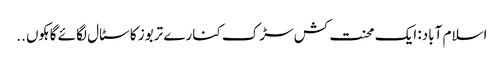
اسلام آباد: ایک محنت کش سڑک کنارے تربوز کا سٹال لگائے گاہکوں ..